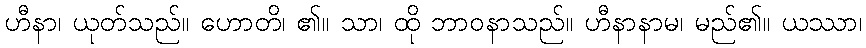
ဟီနာ၊ ယုတ်သည်။ ဟောတိ၊ ၏။ သာ၊ ထို ဘာဝနာသည်။ ဟီနာနာမ၊ မည်၏။ ယဿာ၊